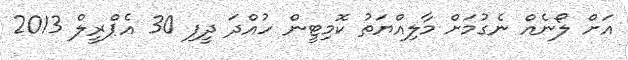
އަށް ލޯނެއް ނެގުމަށް މާލިއްޔަތު ކޮމިޓީން ހުއްދަ ދީފި 30 އެޕްރީލް 2013